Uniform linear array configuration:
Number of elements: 24
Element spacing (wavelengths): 0.5
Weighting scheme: exponential
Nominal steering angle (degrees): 60
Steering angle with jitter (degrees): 58.16
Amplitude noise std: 0.05
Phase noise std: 0.05

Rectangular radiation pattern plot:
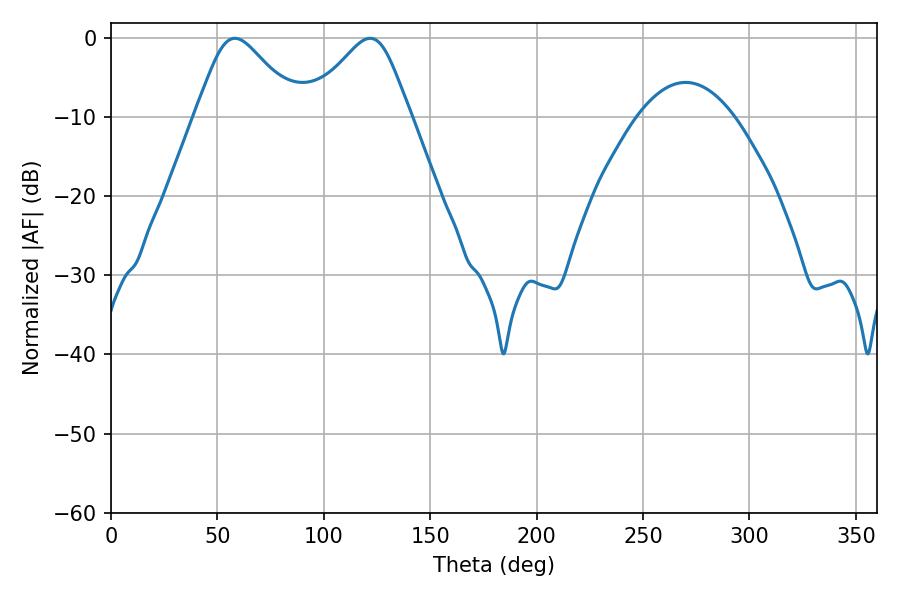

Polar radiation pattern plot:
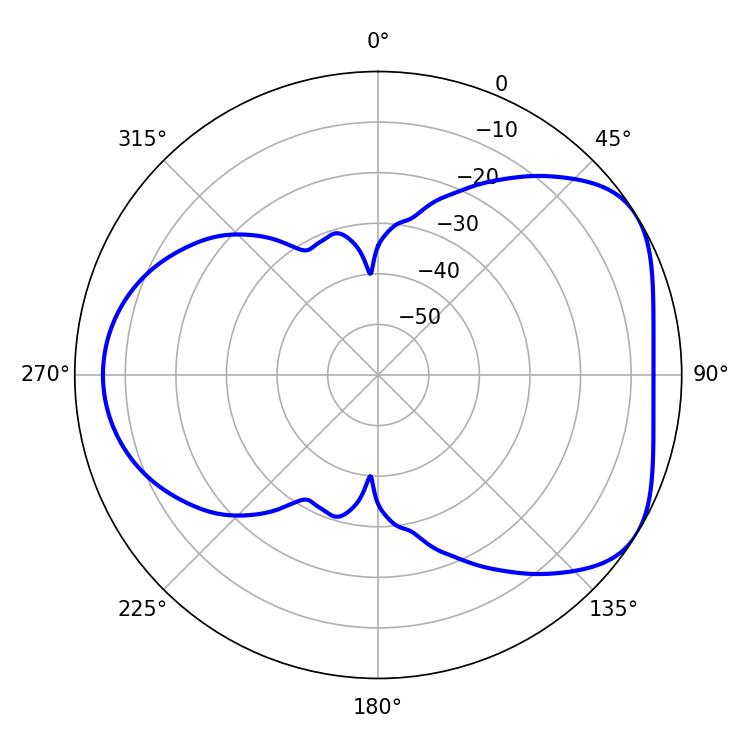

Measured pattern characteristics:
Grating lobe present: FALSE
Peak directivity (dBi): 4.82
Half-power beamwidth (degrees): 23.76
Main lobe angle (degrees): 58.14